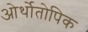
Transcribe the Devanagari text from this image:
ओर्थोतोपिक